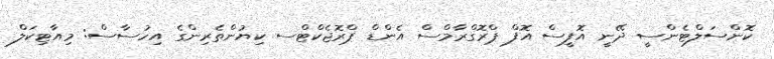
ކޮންސަލްޓެންސީ ދޭނީ އޮފީސް އޮފް ޕްރޮގްރާމްސް އެންޑް ޕްރޮޖެކްޓްސ ކިޔުންތެރިންގެ އިހުސާސް: މިއާޓިކަލް